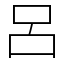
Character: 呂